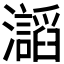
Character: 𤄅